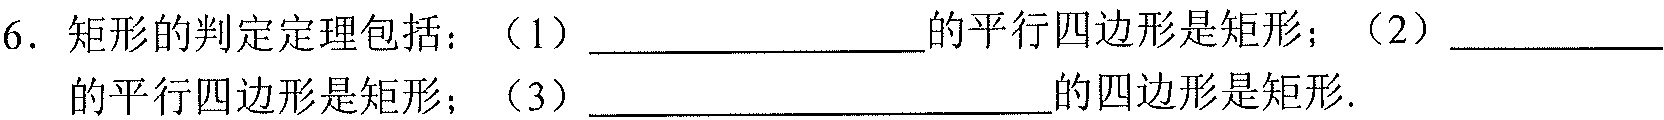
6. 矩形的判定定理包括：（1）_______________的平行四边形是矩形；（2）_________的平行四边形是矩形；（3）__________________的四边形是矩形.